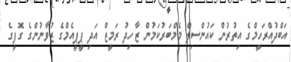
އަބްދުއްރަހީމްގެ އިތުރުން ކައުންސިލް މެމްބަރުކަމުން ޒާހިދު ރަމީޒް އަދި ޕީޕީއެމްގެ ޒުވާނުންގެ ގޮފީގެ